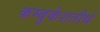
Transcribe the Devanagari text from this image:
कम्बुकेशतीर्थ